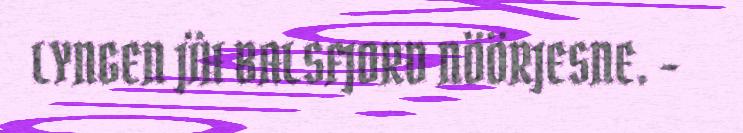
LYNGEN JÏH BALSFJORD NÖÖRJESNE. -